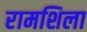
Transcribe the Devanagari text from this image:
रामशिला